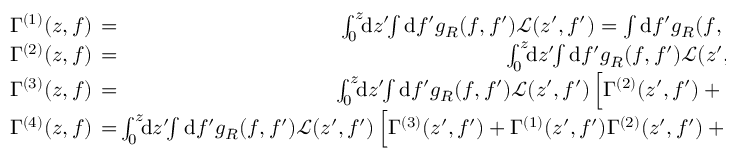
\begin{array} { r l r } { \Gamma ^ { ( 1 ) } ( z , f ) \! \! \! \! \! } & { { } = } & { \! \! \! \! \! \int _ { 0 } ^ { z } \! \! \mathrm { d } z ^ { \prime } \! \! \int \mathrm { d } f ^ { \prime } g _ { R } ( f , f ^ { \prime } ) \mathcal { L } ( z ^ { \prime } , f ^ { \prime } ) = \int \mathrm { d } f ^ { \prime } g _ { R } ( f , f ^ { \prime } ) P _ { 0 } ( f ^ { \prime } ) \Lambda ( z , f ^ { \prime } ) \: , } \\ { \Gamma ^ { ( 2 ) } ( z , f ) \! \! \! \! \! } & { { } = } & { \! \! \! \! \! \int _ { 0 } ^ { z } \! \! \mathrm { d } z ^ { \prime } \! \! \int \mathrm { d } f ^ { \prime } g _ { R } ( f , f ^ { \prime } ) \mathcal { L } ( z ^ { \prime } , f ^ { \prime } ) \left[ \Gamma ^ { ( 1 ) } ( z ^ { \prime } , f ^ { \prime } ) \right] \: , } \\ { \Gamma ^ { ( 3 ) } ( z , f ) \! \! \! \! \! } & { { } = } & { \! \! \! \! \! \int _ { 0 } ^ { z } \! \! \mathrm { d } z ^ { \prime } \! \! \int \mathrm { d } f ^ { \prime } g _ { R } ( f , f ^ { \prime } ) \mathcal { L } ( z ^ { \prime } , f ^ { \prime } ) \left[ \Gamma ^ { ( 2 ) } ( z ^ { \prime } , f ^ { \prime } ) + \frac { 1 } { 2 } \left( \Gamma ^ { ( 1 ) } ( z ^ { \prime } , f ^ { \prime } ) \right) ^ { 2 } \right] \: , } \\ { \Gamma ^ { ( 4 ) } ( z , f ) \! \! \! \! \! } & { { } = } & { \! \! \! \! \! \int _ { 0 } ^ { z } \! \! \mathrm { d } z ^ { \prime } \! \! \int \mathrm { d } f ^ { \prime } g _ { R } ( f , f ^ { \prime } ) \mathcal { L } ( z ^ { \prime } , f ^ { \prime } ) \left[ \Gamma ^ { ( 3 ) } ( z ^ { \prime } , f ^ { \prime } ) + \Gamma ^ { ( 1 ) } ( z ^ { \prime } , f ^ { \prime } ) \Gamma ^ { ( 2 ) } ( z ^ { \prime } , f ^ { \prime } ) + \frac { 1 } { 3 ! } \left( \Gamma ^ { ( 1 ) } ( z ^ { \prime } , f ^ { \prime } ) \right) ^ { 3 } \right] \! . } \end{array}